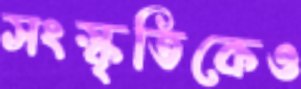
সংস্কৃতিকেও